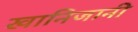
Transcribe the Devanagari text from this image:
खानिजानी